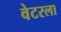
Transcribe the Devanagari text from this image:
वेटरला